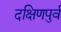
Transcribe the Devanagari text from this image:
दक्षिणपुर्व